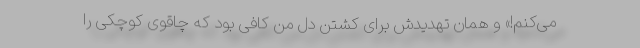
می‌کنم!» و همان تهدیدش برای کشتن دل من کافی بود که چاقوی کوچکی را